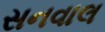
સનવાલ